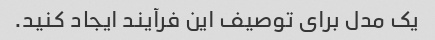
یک مدل برای توصیف این فرآیند ایجاد کنید.